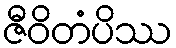
ဇီဝိတံပိဿ